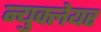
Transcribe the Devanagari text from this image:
न्युक्लेयर